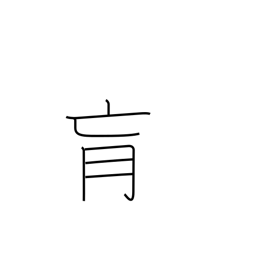
Meaning: interior region of the body too deep to be reached by acupuncture